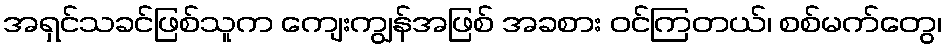
အရှင်သခင်ဖြစ်သူက ကျေးကျွန်အဖြစ် အခစား ဝင်ကြတယ်၊ စစ်မက်တွေ၊